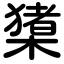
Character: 橥